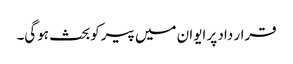
قرار داد پر ایوان میں پیرکوبحث ہوگی۔